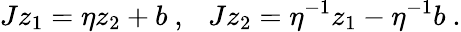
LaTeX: Jz_{1}=\eta z_{2}+b~,~~~Jz_{2}=\eta^{-1}z_{1}-\eta^{-1}b~.